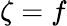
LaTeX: \zeta=f